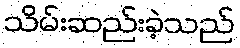
သိမ်းဆည်းခဲ့သည်